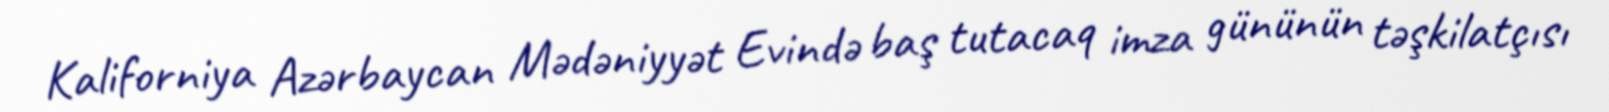
Kaliforniya Azərbaycan Mədəniyyət Evində baş tutacaq imza gününün təşkilatçısı